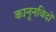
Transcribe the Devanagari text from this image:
कानूनविदों